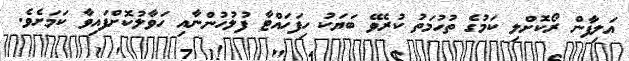
އަލިފާން ރޯކޮށްލި ކަމުގެ ތުހުމަތު ކުރެވޭ ބަޔަކު ހިފަހައްޓާ ފުލުހުންނާއި ހަވާލުކޮށްފައިވާ ކަމަށެވެ.